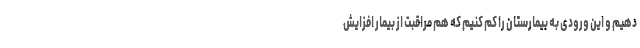
دهیم و این ورودی به بیمارستان را کم کنیم که هم مراقبت از بیمار افزایش